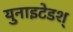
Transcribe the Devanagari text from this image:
युनाइटेडश्